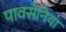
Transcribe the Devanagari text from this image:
पावसेनिया